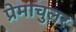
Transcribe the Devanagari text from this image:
प्रेमाचुलर